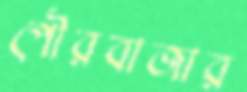
পৌরবাজার